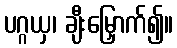
ပဂ္ဂယှ၊ ချီးမြှောက်၍။